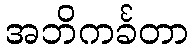
အဘိကင်္ခတာ